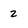
Character: 2